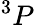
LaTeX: ^3P